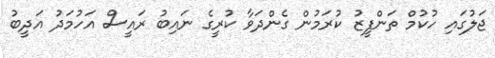
ޖަލުގައި ހުކުމް ތަންފީޒު ކުރަމުން ގެންދަވާ ކުރީގެ ނައިބު ރައީސް އަހުމަދު އަދީބު